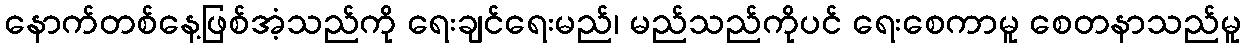
နောက်တစ်နေ့ဖြစ်အံ့သည်ကို ရေးချင်ရေးမည်၊ မည်သည်ကိုပင် ရေးစေကာမူ စေတနာသည်မူ